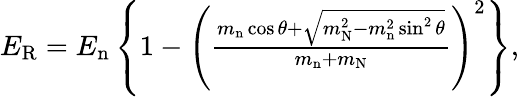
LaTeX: \begin{array}{r}{E_{\mathrm{R}}=E_{\mathrm{n}}\left\{ 1-\left(\frac{m_{\mathrm{n}}\cos\theta+\sqrt{m_{\mathrm{N}}^{2}-m_{\mathrm{n}}^{2}\sin^{2}\theta}}{m_{\mathrm{n}}+m_{\mathrm{N}}}\right)^{2}\right\} ,}\end{array}